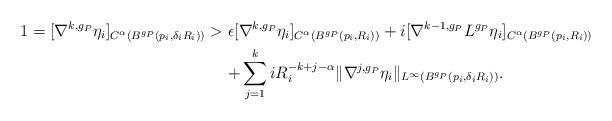
LaTeX: \begin{align*} 1 = [\nabla^{k,g_P}\eta_i]_{C^{\alpha}(B^{g_{P}}(p_i,\delta_iR_i))} >\;&\epsilon [\nabla^{k,g_P}\eta_i]_{C^{\alpha}(B^{g_{P}}(p_i,R_i))} + i[\nabla^{k-1,g_P}L^{g_P} \eta_i]_{C^{\alpha}(B^{g_{P}}(p_i,R_i))}\\&{+}\sum_{j=1}^k i R_i^{-k+j-\alpha} \|\nabla^{j,g_P}\eta_i\|_{L^\infty(B^{g_P}(p_i, \delta_iR_i))}.\end{align*}